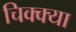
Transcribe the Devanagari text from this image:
चिक्क्या